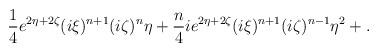
LaTeX: \begin{align*}\frac14 e^{2\eta+2\zeta} (i\xi)^{n+1}(i\zeta)^n \eta + \frac{n}{4}ie^{2\eta+2\zeta}(i\xi)^{n+1}(i\zeta)^{n-1}\eta^2 + .\end{align*}